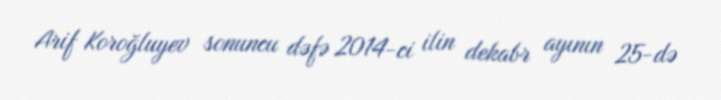
Arif Koroğluyev sonuncu dəfə 2014-ci ilin dekabr ayının 25-də